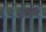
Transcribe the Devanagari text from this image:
यूगोव